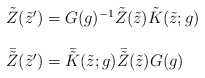
\begin{align*}\begin{array}{l}\tilde{Z}(\tilde{z}^{\prime})=G(g)^{-1}\tilde{Z}(\tilde{z})\tilde{K}(\tilde{z};g)~~~\\{}\\\bar{\tilde{Z}}(\tilde{z}^{\prime})=\bar{\tilde{K}}(\tilde{z};g)\bar{\tilde{Z}}(\tilde{z})G(g)\end{array}\end{align*}